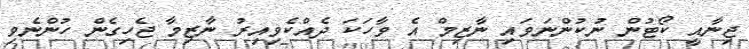
ޖިނާއީ ކޯޓުން ނުކުންނަވައި ނާޒިމް އެ ވާހަކަ ދެއްކެވިއިރު ނާޒިމާ ޖެހިގެން ހުންނެވި